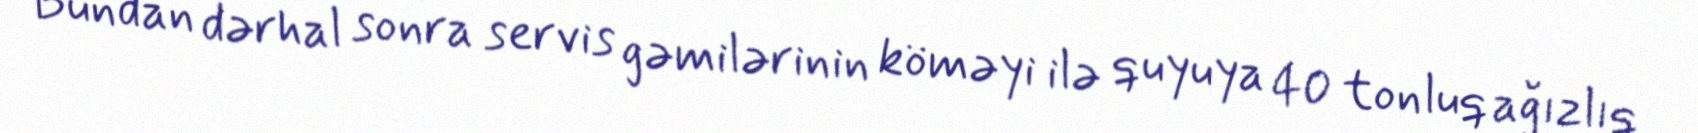
Bundan dərhal sonra servis gəmilərinin köməyi ilə quyuya 40 tonluq ağızlıq